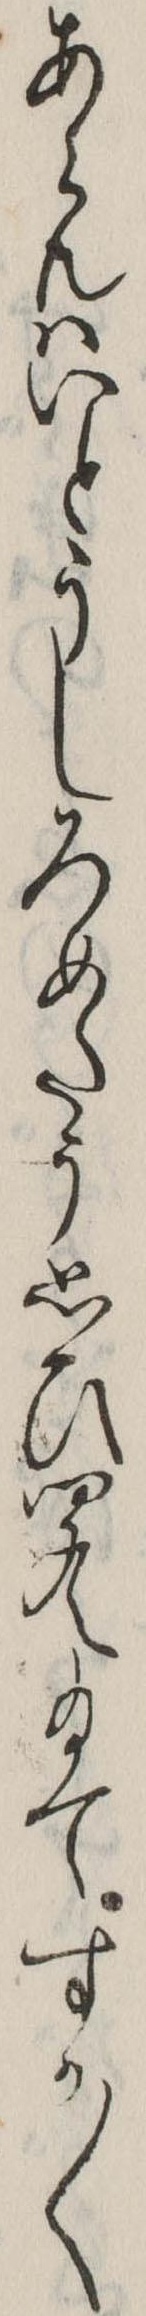
あらんはいとうしろめたう思ひ聞え給てすか〱